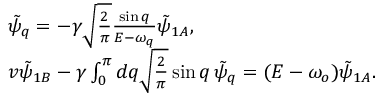
\begin{array} { r l } & { \tilde { \psi } _ { q } = - \gamma \sqrt { \frac { 2 } { \pi } } \frac { \sin { q } } { E - \omega _ { q } } \tilde { \psi } _ { 1 A } , } \\ & { v \tilde { \psi } _ { 1 B } - \gamma \int _ { 0 } ^ { \pi } d q \sqrt { \frac { 2 } { \pi } } \sin { q } \, \tilde { \psi } _ { q } = ( E - \omega _ { o } ) \tilde { \psi } _ { 1 A } . } \end{array}